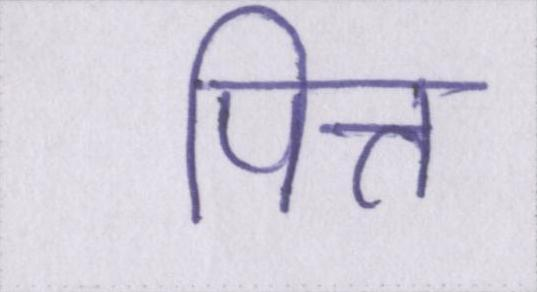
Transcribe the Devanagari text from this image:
पित्त